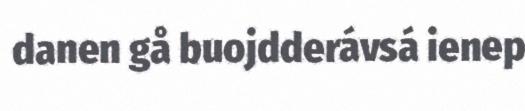
danen gå buojdderávsá ienep